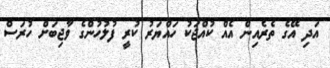
އަދި އޭގެ ތެރެއިން އެއް ކުއްޖަކު ހައްޔަރު ކުރީ ފުލުހުންގެ ވާޖިބަށް ހުރަސް